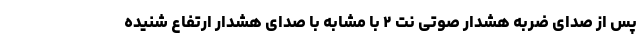
پس از صدای ضربه هشدار صوتی نت ۲ با مشابه با صدای هشدار ارتفاع شنیده